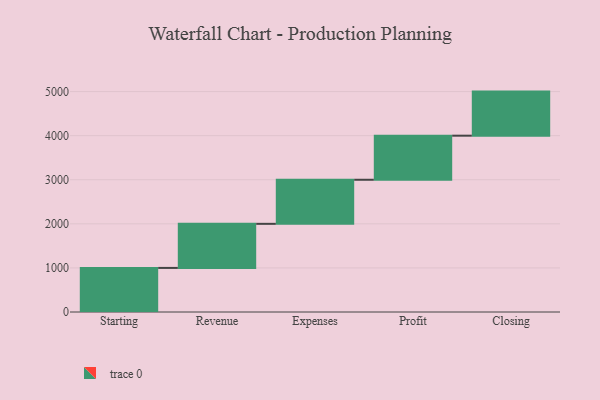
{"axis": {"x": "Step", "y": "Value"}, "legend": [""], "data": [{"x": "Starting", "y": 1000, "type": ""}, {"x": "Revenue", "y": 1000, "type": ""}, {"x": "Expenses", "y": 1000, "type": ""}, {"x": "Profit", "y": 1000, "type": ""}, {"x": "Closing", "y": 1000, "type": ""}]}